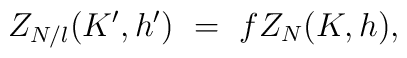
Z_{N/l}(K',h')\ =\ f Z_N(K,h),